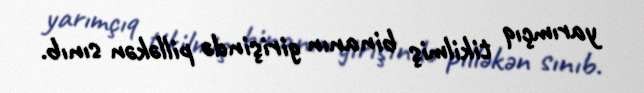
yarımçıq tikilmiş binanın girişində pilləkən sınıb.